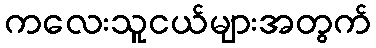
ကလေးသူငယ်များအတွက်